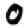
Digit: 0